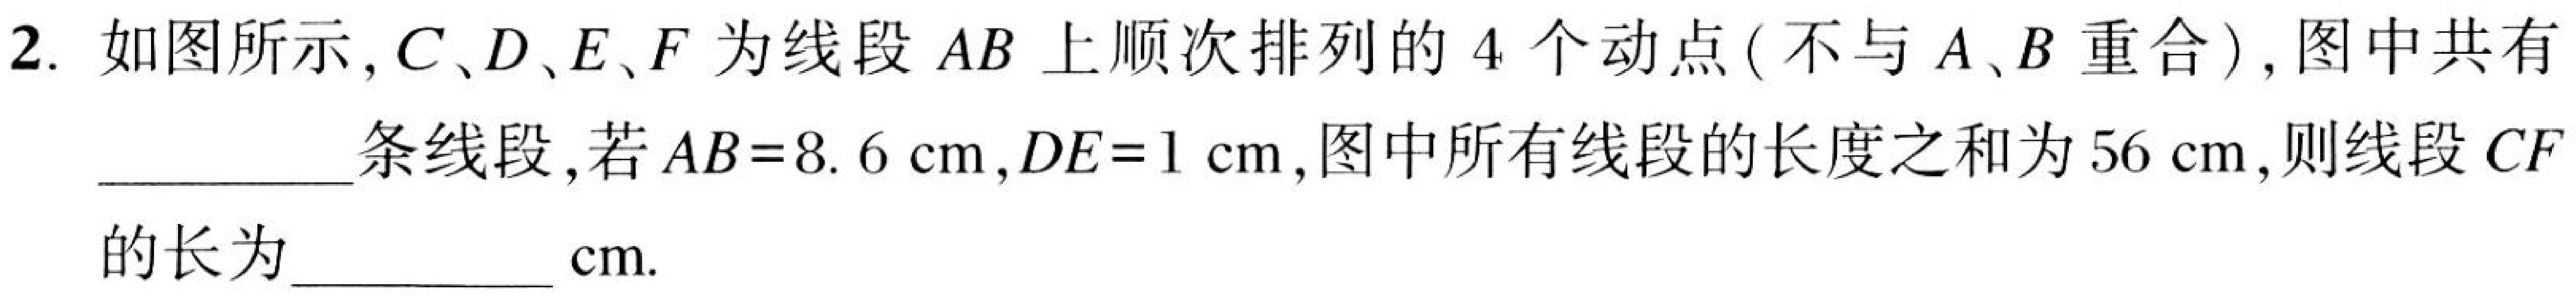
2. 如图所示, $C、D、E、F$为线段$AB$上顺次排列的$4$个动点(不与$A、B$重合), 图中共有__________条线段, 若$AB = 8.6\mathrm{cm},DE = 1\mathrm{cm}$, 图中所有线段的长度之和为$56\mathrm{cm}$, 则线段$CF$的长为__________$\mathrm{cm}$.